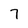
Character: 7